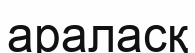
араласқ